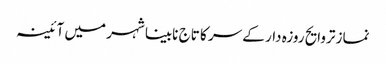
نماز تروایح روزہ دار کے سر کا تاج	 نابینا شہر میں آئینہ